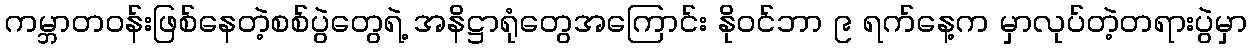
ကမ္ဘာတဝန်းဖြစ်နေတဲ့စစ်ပွဲတွေရဲ့ အနိဋ္ဌာရုံတွေအကြောင်း နိုဝင်ဘာ ၉ ရက်နေ့က မှာလုပ်တဲ့တရားပွဲမှာ